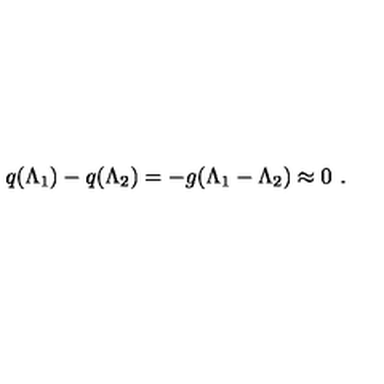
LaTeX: q ( \Lambda _ { 1 } ) - q ( \Lambda _ { 2 } ) = - g ( \Lambda _ { 1 } - \Lambda _ { 2 } ) \approx 0 \ .